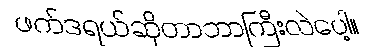
ဖက်ဒရယ်ဆိုတာဘာကြီးလဲပေါ့။